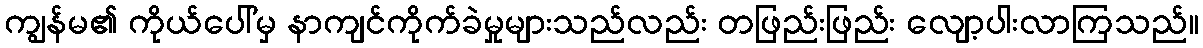
ကျွန်မ၏ ကိုယ်ပေါ်မှ နာကျင်ကိုက်ခဲမှုများသည်လည်း တဖြည်းဖြည်း လျော့ပါးလာကြသည်။